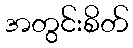
အတွင်းစိတ်